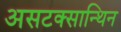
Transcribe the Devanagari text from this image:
असटक्सान्थिन